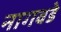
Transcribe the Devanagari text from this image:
नागवडे